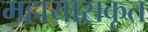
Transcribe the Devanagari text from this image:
महायासकृत